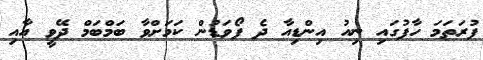
ފުރަތަމަ ހާފުގައި ނިއު އިންޑިއާ ދެ ފޯވަޑުން ކަމަށްވާ ބަމްބަމް ދޭވީ އާއި